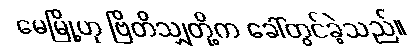
မေမြို့ဟု ဗြိတိသျှတို့က ခေါ်တွင်ခဲ့သည်။